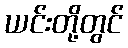
ယင်းတို့တွင်